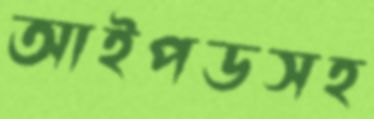
আইপডসহ